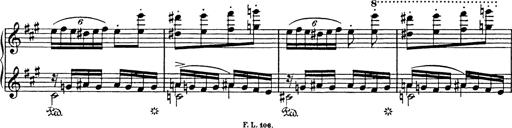
Title: Mephisto Polka
Composer: Franz Liszt